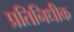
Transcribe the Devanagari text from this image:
प्रतिनिधीक